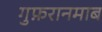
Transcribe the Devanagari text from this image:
गुफ़रानमाब